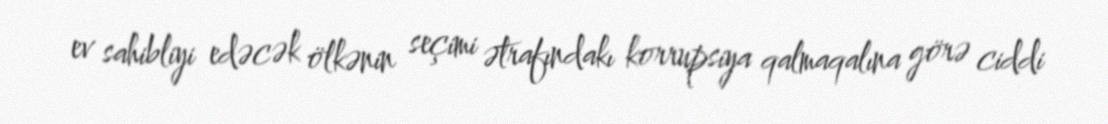
ev sahibliyi edəcək ölkənin seçimi ətrafındakı korrupsiya qalmaqalına görə ciddi